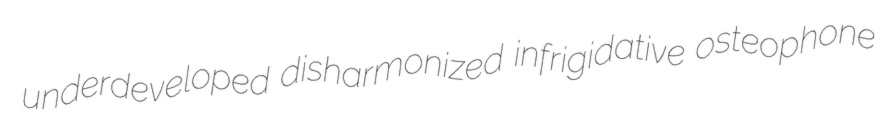
underdeveloped disharmonized infrigidative osteophone